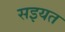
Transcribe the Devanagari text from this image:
सइयत